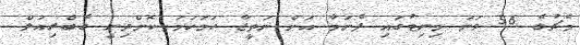
މެޗުގެ 56 ވަނަ މިނިޓުގައި ޕެނަމާ އަށް ނަތީޖާ ހަމަހަމަ ކޮށްދިނީ ގެބްރިއަލް